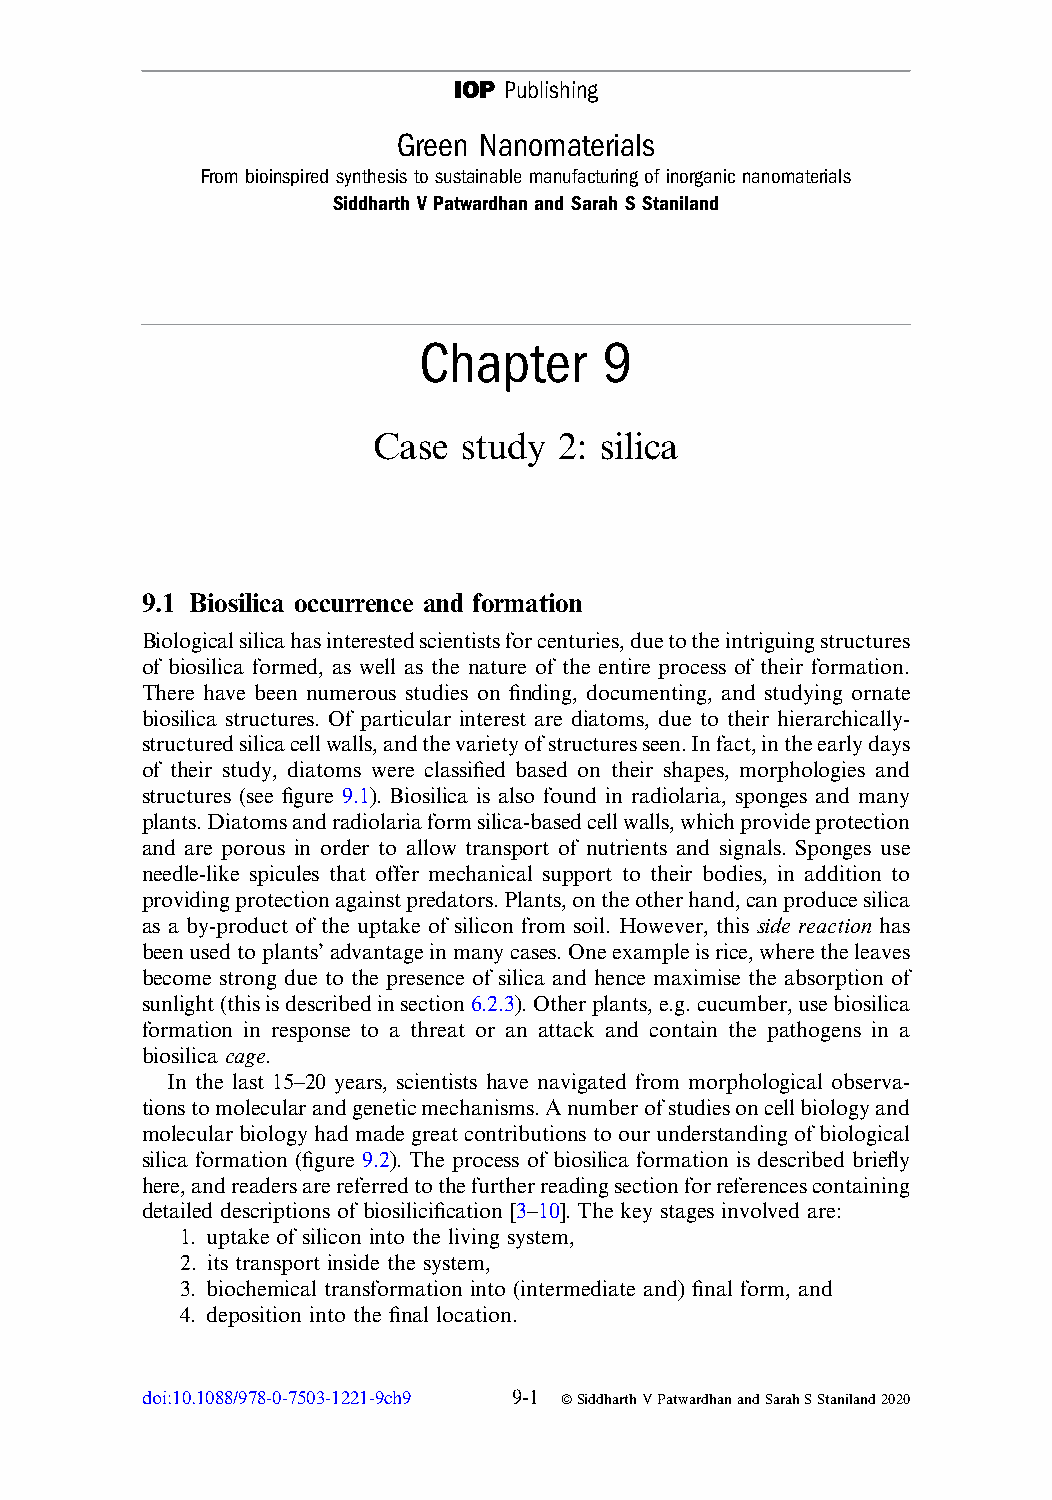
IOP Publishing
 Green Nanomaterials
 From bioinspired synthesis to sustainable manufacturing of inorganic nanomaterials
 Siddharth V Patwardhan and Sarah S Staniland
 Chapter     9
 Case study  2: silica
 9.1 Biosilica occurrence and formation
 Biologicalsilicahasinterestedscientistsforcenturies,duetotheintriguingstructures
 of biosilica formed, as well as the nature of the entire process of their formation.
 There have been numerous studies on finding, documenting, and studying ornate
 biosilica structures. Of particular interest are diatoms, due to their hierarchically-
 structuredsilicacellwalls,andthevarietyofstructuresseen.Infact,intheearlydays
 of their study, diatoms were classified based on their shapes, morphologies and
 structures (see figure 9.1). Biosilica is also found in radiolaria, sponges and many
 plants.Diatomsandradiolariaformsilica-basedcellwalls,whichprovideprotection
 and are porous in order to allow transport of nutrients and signals. Sponges use
 needle-like spicules that offer mechanical support to their bodies, in addition to
 providingprotectionagainstpredators.Plants,ontheotherhand,canproducesilica
 as a by-product of the uptake of silicon from soil. However, this side reaction has
 beenusedtoplants’advantageinmanycases.Oneexampleisrice,wheretheleaves
 become strong due to the presence of silica and hence maximise the absorption of
 sunlight(thisisdescribedinsection6.2.3).Otherplants,e.g.cucumber,usebiosilica
 formation in response to a threat or an attack and contain the pathogens in a
 biosilica cage.
 In the last 15–20 years, scientists have navigated from morphological observa-
 tionstomolecularandgeneticmechanisms.Anumberofstudiesoncellbiologyand
 molecular biology had made great contributions toour understanding of biological
 silica formation (figure 9.2). The process of biosilica formation is described briefly
 here,andreadersarereferredtothefurtherreadingsectionforreferencescontaining
 detailed descriptions of biosilicification [3–10]. The key stages involved are:
 1. uptake of silicon into the living system,
 2. its transport inside the system,
 3. biochemical transformation into (intermediate and) final form, and
 4. deposition into the final location.
 doi:10.1088/978-0-7503-1221-9ch9 9-1 ªSiddharthVPatwardhanandSarahSStaniland2020